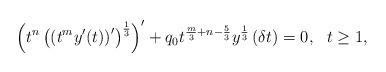
LaTeX: \begin{align*}\left(t^{n}\left(\left(t^{m}y'(t)\right)'\right)^{\frac{1}{3}}\right)'+q_{0}t^{\frac{m}{3}+n-\frac{5}{3}}y^{\frac{1}{3}}\left(\delta t\right)=0,\ \ t\geq 1,\end{align*}